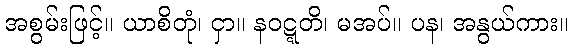
အစွမ်းဖြင့်။ ယာစိတုံ၊ ငှာ။ နဝဋ္ဋတိ၊ မအပ်။ ပန၊ အနွယ်ကား။